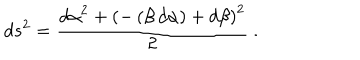
LaTeX: d s ^ { 2 } = { \frac { { { { d \alpha } } ^ { 2 } } + { { \left( - \left( \beta \, { d \alpha } \right) + { d \beta } \right) } ^ { 2 } } } { 2 } } ~ .